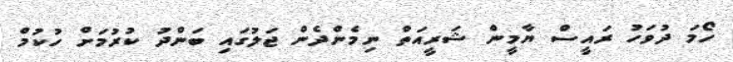
ހޯމަ ދުވަހު ރައީސް ޔާމީން ޝަރީއަތް ނިމެންދެން ޖަލުގައި ބަންދު ކުރުމަށް ހުކުމް